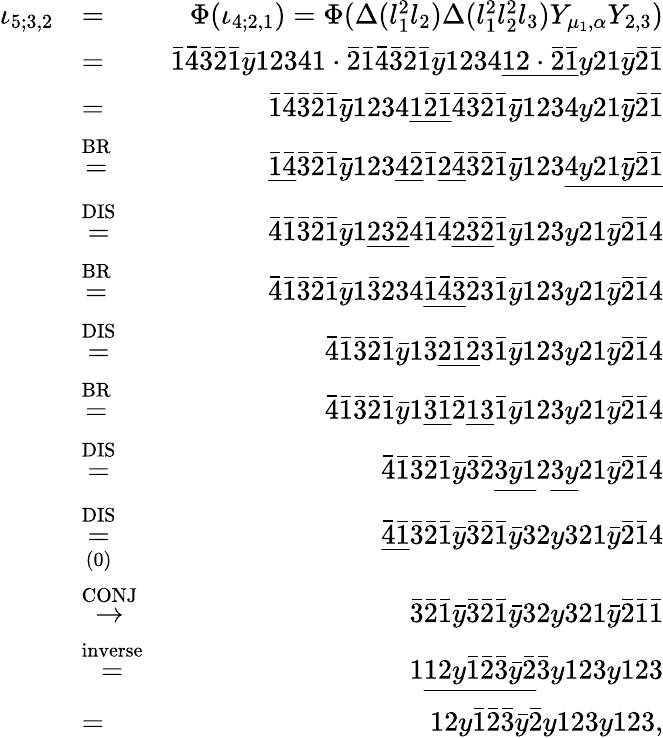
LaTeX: \begin{array}{rlr}{\iota_{5;3,2}}&{=}&{\Phi(\iota_{4;2,1})=\Phi(\Delta(l_{1}^{2}l_{2})\Delta(l_{1}^{2}l_{2}^{2}l_{3})Y_{\mu_{1},\alpha}Y_{2,3})}\\ &{=}&{\bar{1}\bar{4}\bar{3}\bar{2}\bar{1}\bar{y}12341\cdot\bar{2}\bar{1}\bar{4}\bar{3}\bar{2}\bar{1}\bar{y}1234\underline{{12\cdot\bar{2}\bar{1}}}y21\bar{y}\bar{2}\bar{1}}\\ &{=}&{\bar{1}\bar{4}\bar{3}\bar{2}\bar{1}\bar{y}1234\underline{{1\bar{2}\bar{1}}}\bar{4}\bar{3}\bar{2}\bar{1}\bar{y}1234y21\bar{y}\bar{2}\bar{1}}\\ &{\stackrel{\mathrm{BR}}{=}}&{\underline{{\bar{1}\bar{4}}}\bar{3}\bar{2}\bar{1}\bar{y}123\underline{{4\bar{2}}}\bar{1}\underline{{2\bar{4}}}\bar{3}\bar{2}\bar{1}\bar{y}123\underline{{4y21\bar{y}\bar{2}\bar{1}}}}\\ &{\stackrel{\mathrm{DIS}}{=}}&{\bar{4}\bar{1}\bar{3}\bar{2}\bar{1}\bar{y}1\underline{{23\bar{2}}}4\bar{1}\bar{4}\underline{{2\bar{3}\bar{2}}}\bar{1}\bar{y}123y21\bar{y}\bar{2}\bar{1}4}\\ &{\stackrel{\mathrm{BR}}{=}}&{\bar{4}\bar{1}\bar{3}\bar{2}\bar{1}\bar{y}1\bar{3}234\underline{{\bar{1}\bar{4}\bar{3}}}\bar{2}3\bar{1}\bar{y}123y21\bar{y}\bar{2}\bar{1}4}\\ &{\stackrel{\mathrm{DIS}}{=}}&{\bar{4}\bar{1}\bar{3}\bar{2}\bar{1}\bar{y}1\bar{3}\underline{{2\bar{1}\bar{2}}}3\bar{1}\bar{y}123y21\bar{y}\bar{2}\bar{1}4}\\ &{\stackrel{\mathrm{BR}}{=}}&{\bar{4}\bar{1}\bar{3}\bar{2}\bar{1}\bar{y}1\underline{{\bar{3}\bar{1}}}\bar{2}\underline{{13}}\bar{1}\bar{y}123y21\bar{y}\bar{2}\bar{1}4}\\ &{\stackrel{\mathrm{DIS}}{=}}&{\bar{4}\bar{1}\bar{3}\bar{2}\bar{1}\bar{y}\bar{3}\bar{2}\underline{{3\bar{y}1}}2\underline{{3y}}21\bar{y}\bar{2}\bar{1}4}\\ &{\overset{\mathrm{DIS}}{\underset{\mathrm{(0)}}{=}}}&{\underline{{\bar{4}\bar{1}}}\bar{3}\bar{2}\bar{1}\bar{y}\bar{3}\bar{2}\bar{1}\bar{y}32y321\bar{y}\bar{2}\bar{1}4}\\ &{\stackrel{\mathrm{CONJ}}{\to}}&{\bar{3}\bar{2}\bar{1}\bar{y}\bar{3}\bar{2}\bar{1}\bar{y}32y321\bar{y}\bar{2}\bar{1}\bar{1}}\\ &{\stackrel{\mathrm{inverse}}{=}}&{1\underline{{12y\bar{1}\bar{2}\bar{3}\bar{y}\bar{2}}}\bar{3}y123y123}\\ &{=}&{12y\bar{1}\bar{2}\bar{3}\bar{y}\bar{2}y123y123,}\end{array}